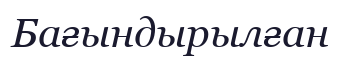
Бағындырылған